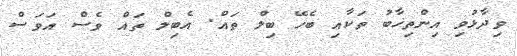
ވިދާޅުވި އިންތިޚާބު ތަކާއި ބެހޭ ބިލް ތައް. އެބިލް ތައް ވެސް އަވަސް